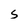
Character: 5